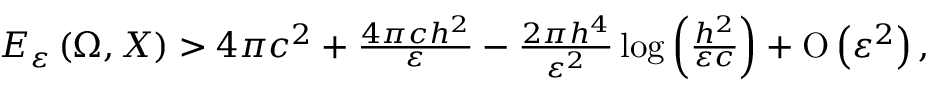
\begin{array} { r } { E _ { \varepsilon } \left( \Omega , X \right) > 4 \pi c ^ { 2 } + \frac { 4 \pi c h ^ { 2 } } { \varepsilon } - \frac { 2 \pi h ^ { 4 } } { \varepsilon ^ { 2 } } \log { \left( \frac { h ^ { 2 } } { \varepsilon c } \right) } + \ensuremath { \operatorname { O } \left( \varepsilon ^ { 2 } \right) } , } \end{array}